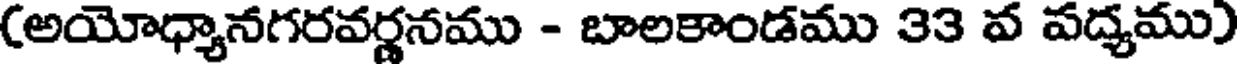
(అయోధ్యానగరవర్ణనము - బాలకాండము 33 వ పద్యము)